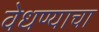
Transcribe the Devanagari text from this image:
वेधण्याचा